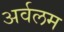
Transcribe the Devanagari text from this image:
अर्वलम